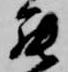
罷